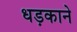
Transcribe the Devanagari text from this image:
धड़काने